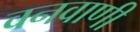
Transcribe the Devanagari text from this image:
वनवाणी